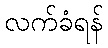
လက်ခံရန်